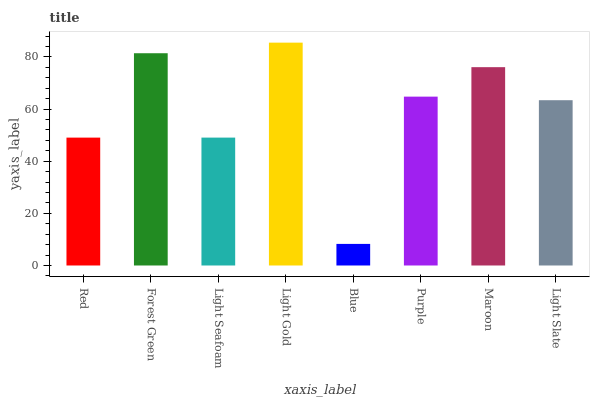
| xaxis_label | bars |
 | --- | --- |
 | Red | 49.1 |
 | Forest Green | 81.4 |
 | Light Seafoam | 49.1 |
 | Light Gold | 85.5 |
 | Blue | 8.28 |
 | Purple | 64.8 |
 | Maroon | 76.1 |
 | Light Slate | 63.4 |